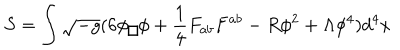
S = \int \sqrt { - g } ( 6 \phi \fbox { } \phi + \frac { 1 } { 4 } F _ { a b } F ^ { a b } - R \phi ^ { 2 } + \Lambda \phi ^ { 4 } ) d ^ { 4 } x